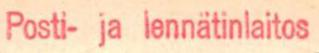
Posti- ja lennätinlaitos